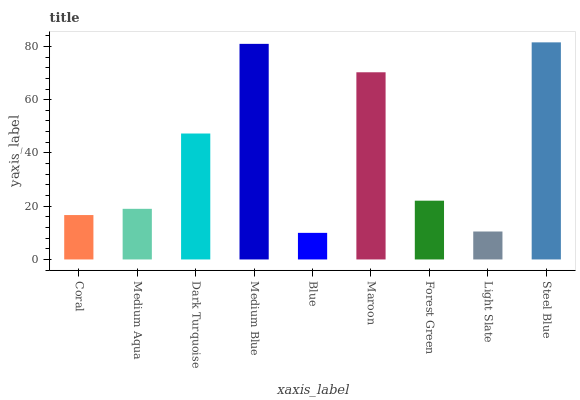
| xaxis_label | bars |
 | --- | --- |
 | Coral | 16.7 |
 | Medium Aqua | 19 |
 | Dark Turquoise | 47.3 |
 | Medium Blue | 81 |
 | Blue | 9.99 |
 | Maroon | 70.3 |
 | Forest Green | 22.1 |
 | Light Slate | 10.5 |
 | Steel Blue | 81.5 |